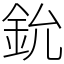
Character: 鈗